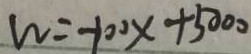
w = - 1 0 0 x + 5 0 0 0